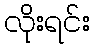
လိုးရင်း